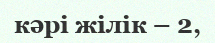
кәрі жілік – 2,